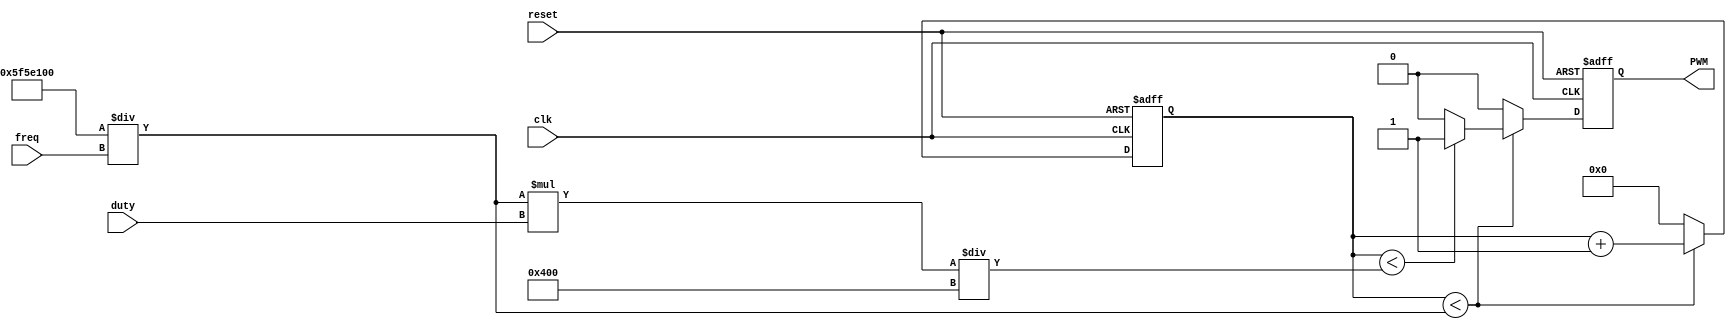
module PWM_gen (
    input wire clk,
    input wire reset,
	input [31:0] freq,
    input [9:0] duty,
    output reg PWM
);

wire [31:0] count_max = 100_000_000 / freq;
wire [31:0] count_duty = count_max * duty / 1024;
reg [31:0] count;
    
always @(posedge clk, posedge reset) begin
    if (reset) begin
        count <= 0;
        PWM <= 0;
    end else if (count < count_max) begin
        count <= count + 1;
		if(count < count_duty)
            PWM <= 1;
        else
            PWM <= 0;
    end else begin
        count <= 0;
        PWM <= 0;
    end
end

endmodule